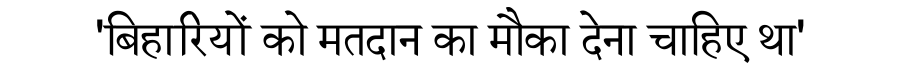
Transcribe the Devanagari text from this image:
'बिहारियों को मतदान का मौका देना चाहिए था'